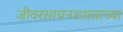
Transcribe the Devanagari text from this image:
जीवरसायनशास्त्राच्या